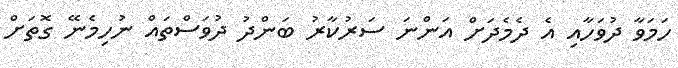
ހަމަވާ ދުވަހާއި އެ ދެމެދަށް އަންނަ ސަރުކާރު ބަންދު ދުވަސްތައް ނުހިމެނޭ ގޮތަށް